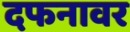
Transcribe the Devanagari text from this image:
दफनावर